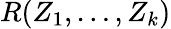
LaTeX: R(Z_{1},\dots,Z_{k})